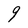
Character: g